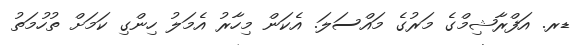
ޑރ. އަފްރާޝިމްގެ މަރުގެ މައްސަލަ. އެކަން މިހާރު އެމަލު ހިންގި ކަމަށް ތުހުމަތު